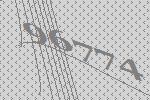
96774